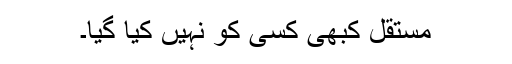
مستقل کبھی کسی کو نہیں کیا گیا۔